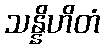
သန္နိဟိတံ